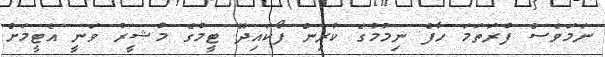
ނަމަވެސް ފުރަތަމަ ހާފް ނިމުމުގެ ކުރިން ފޯކައިދޫ ޓީމުގެ މުޝީރު ވަނީ އެޓީމަށް